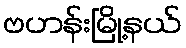
ဗဟန်းမြို့နယ်